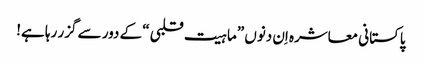
پاکستانی معاشرہ اِن دنوں ”ماہیت قلبی“ کے دور سے گزر رہا ہے!